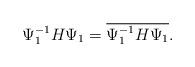
LaTeX: \begin{align*}\Psi_1^{-1}H\Psi_1=\overline{\Psi_1^{-1}H\Psi_1}.\end{align*}